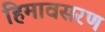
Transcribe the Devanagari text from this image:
हिमावसरण